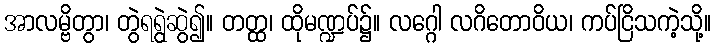
အာလမ္ဗိတွာ၊ တွဲရရွဲဆွဲ၍။ တတ္ထ၊ ထိုမဏ္ဍပ်၌။ လဂ္ဂေါ လဂိတောဝိယ၊ ကပ်ငြိသကဲ့သို့။